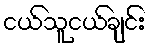
ငယ်သူငယ်ချင်း